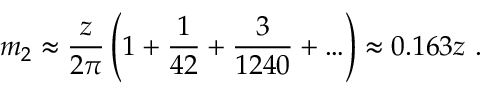
m _ { 2 } \approx \frac { z } { 2 \pi } \left( 1 + \frac { 1 } { 4 2 } + \frac { 3 } { 1 2 4 0 } + \ldots \right) \approx 0 . 1 6 3 z \ .